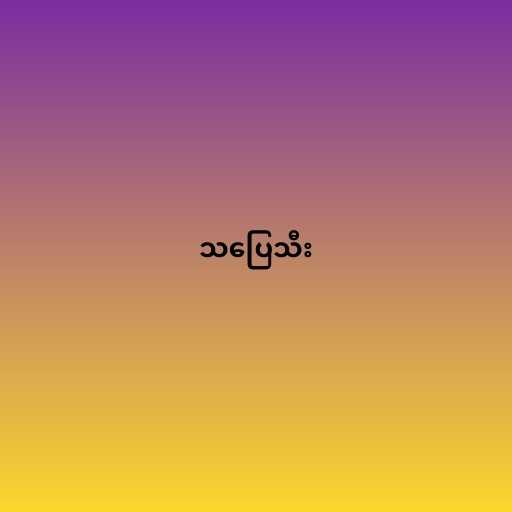
သပြေသီး